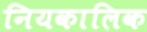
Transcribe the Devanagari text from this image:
नियकालिक